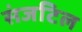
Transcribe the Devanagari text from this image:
संजटिल